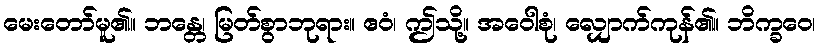
မေးတော်မူ၏။ ဘန္တေ၊ မြတ်စွာဘုရား။ ဧဝံ၊ ဤသို့။ အဝေါစုံ၊ လျှောက်ကုန်၏။ ဘိက္ခဝေ၊